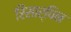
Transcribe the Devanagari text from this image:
रिसार्पिन